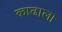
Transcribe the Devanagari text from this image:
काढाला